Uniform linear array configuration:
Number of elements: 64
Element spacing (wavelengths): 0.25
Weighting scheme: cosine
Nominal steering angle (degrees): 15
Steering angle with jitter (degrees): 15.858
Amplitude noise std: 0.05
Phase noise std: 0.05

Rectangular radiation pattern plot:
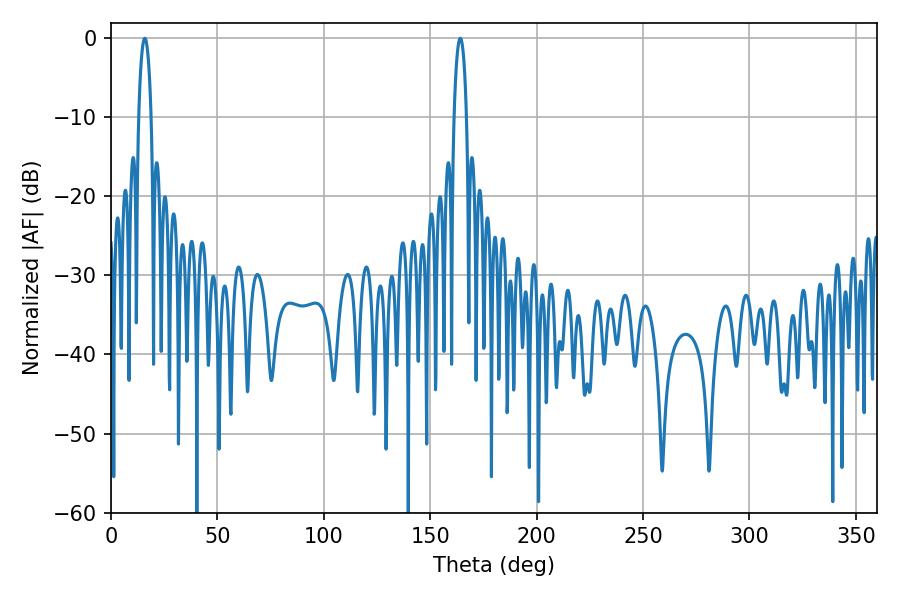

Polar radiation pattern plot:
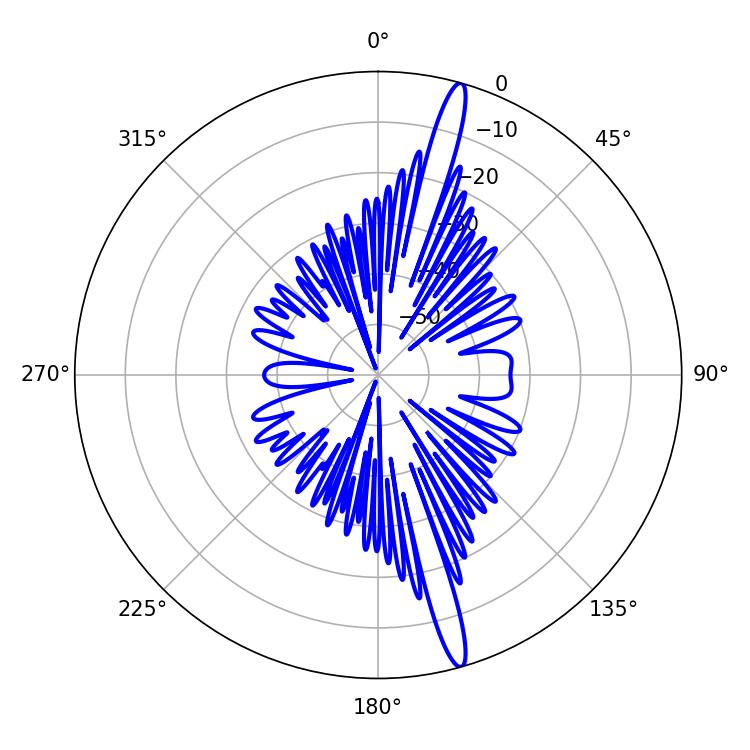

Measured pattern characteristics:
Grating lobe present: FALSE
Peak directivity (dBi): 17.451
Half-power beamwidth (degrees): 3.24
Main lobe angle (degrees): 15.84